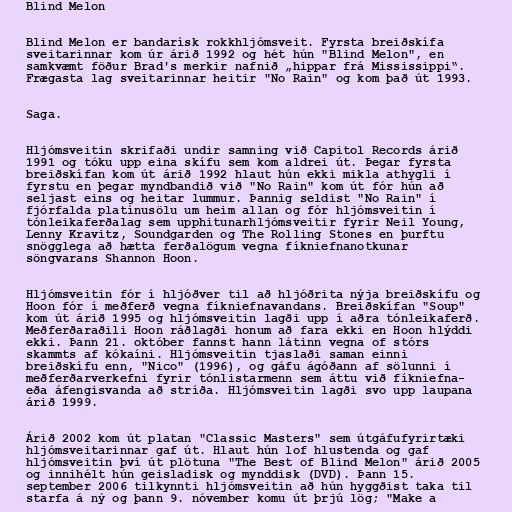
Blind Melon

Blind Melon er bandarísk rokkhljómsveit. Fyrsta breiðskífa
sveitarinnar kom úr árið 1992 og hét hún "Blind Melon", en
samkvæmt föður Brad's merkir nafnið „hippar frá Mississippi“.
Frægasta lag sveitarinnar heitir "No Rain" og kom það út 1993.

Saga.

Hljómsveitin skrifaði undir samning við Capitol Records árið
1991 og tóku upp eina skífu sem kom aldrei út. Þegar fyrsta
breiðskífan kom út árið 1992 hlaut hún ekki mikla athygli í
fyrstu en þegar myndbandið við "No Rain" kom út fór hún að
seljast eins og heitar lummur. Þannig seldist "No Rain" í
fjórfalda platínusölu um heim allan og fór hljómsveitin í
tónleikaferðalag sem upphitunarhljómsveitir fyrir Neil Young,
Lenny Kravitz, Soundgarden og The Rolling Stones en þurftu
snögglega að hætta ferðalögum vegna fíkniefnanotkunar
söngvarans Shannon Hoon.

Hljómsveitin fór í hljóðver til að hljóðrita nýja breiðskífu og
Hoon fór í meðferð vegna fíkniefnavandans. Breiðskífan "Soup"
kom út árið 1995 og hljómsveitin lagði upp í aðra tónleikaferð.
Meðferðaraðili Hoon ráðlagði honum að fara ekki en Hoon hlýddi
ekki. Þann 21. október fannst hann látinn vegna of stórs
skammts af kókaíni. Hljómsveitin tjaslaði saman einni
breiðskífu enn, "Nico" (1996), og gáfu ágóðann af sölunni í
meðferðarverkefni fyrir tónlistarmenn sem áttu við fíkniefna-
eða áfengisvanda að stríða. Hljómsveitin lagði svo upp laupana
árið 1999.

Árið 2002 kom út platan "Classic Masters" sem útgáfufyrirtæki
hljómsveitarinnar gaf út. Hlaut hún lof hlustenda og gaf
hljómsveitin því út plötuna "The Best of Blind Melon" árið 2005
og innihélt hún geisladisk og mynddisk (DVD). Þann 15.
september 2006 tilkynnti hljómsveitin að hún hyggðist taka til
starfa á ný og þann 9. nóvember komu út þrjú lög; "Make a